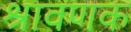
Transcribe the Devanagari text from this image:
श्रावणक